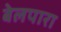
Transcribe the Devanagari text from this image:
बेलपारा